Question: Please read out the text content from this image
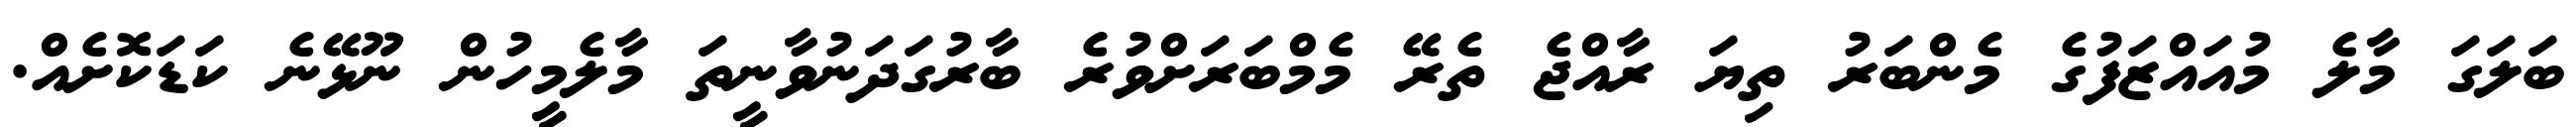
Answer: ބަލަގަ މާލެ މުއައްޒަފުގެ މެންބަރު ތިޔަ ރާއްޖެ ތެރޭ މެމްބަރަށްވުރެ ބާރުގަދަނުވާނީތަ މާލެމީހުން ނޫޅޭނެ ކަޑަކޮށެއް.